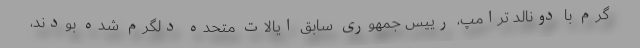
گرم با دونالد ترامپ، رییس جمهوری سابق ایالات متحده دلگرم شده بودند،